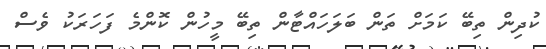
ކުދިން ތިބޭ ކަމަށް ތަން ބަލަހައްޓާން ތިބޭ މީހުން ކޮންމެ ފަހަރަކު ވެސް